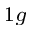
_ { 1 g }